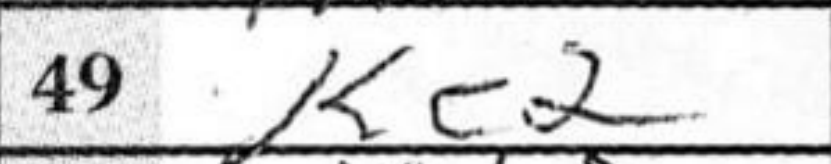
Transcription: Ke2